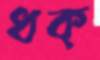
ধক্